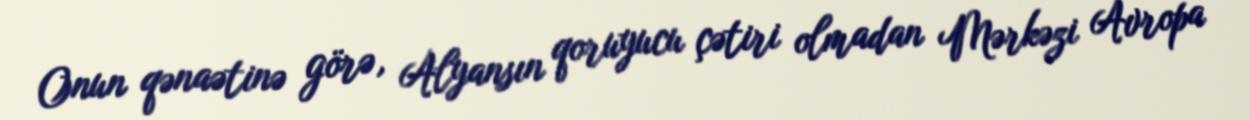
Onun qənaətinə görə, Alyansın qoruyucu çətiri olmadan Mərkəzi Avropa